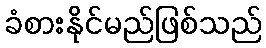
ခံစားနိုင်မည်ဖြစ်သည်